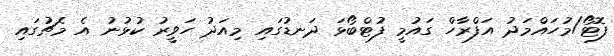
ފޮޓޯ/މުހައްމަދު އަފްރާހް ގައުމީ ފުޓްބޯޅަ ދަނޑުގައި މިއަދު ހަވީރު ކުޅުނު އެ މެޗުގައި